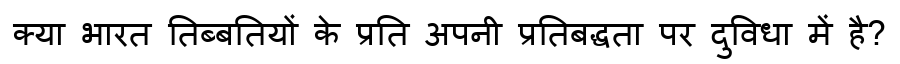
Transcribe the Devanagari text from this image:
क्या भारत तिब्बतियों के प्रति अपनी प्रतिबद्धता पर दुविधा में है?